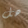
هل